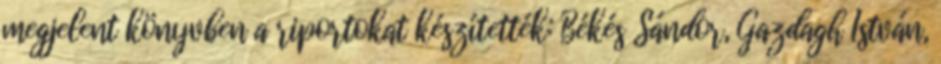
megjelent könyvben a riportokat készítették: Békés Sándor, Gazdagh István,